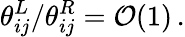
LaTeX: \theta_{ij}^{L}/\theta_{ij}^{R}={\cal O}(1)\, .